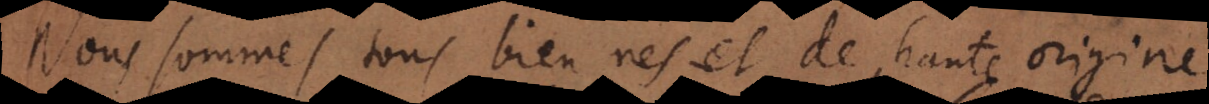
Nous sommes tous bien nés, et de haute origine